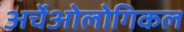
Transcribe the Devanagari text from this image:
अर्चेओलोगिकल